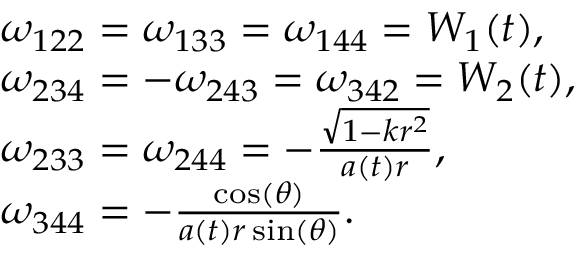
\begin{array} { r } { \begin{array} { r l } & { \omega _ { 1 2 2 } = \omega _ { 1 3 3 } = \omega _ { 1 4 4 } = W _ { 1 } ( t ) , } \\ & { \omega _ { 2 3 4 } = - \omega _ { 2 4 3 } = \omega _ { 3 4 2 } = W _ { 2 } ( t ) , } \\ & { \omega _ { 2 3 3 } = \omega _ { 2 4 4 } = - \frac { \sqrt { 1 - k r ^ { 2 } } } { a ( t ) r } , } \\ & { \omega _ { 3 4 4 } = - \frac { \cos ( \theta ) } { a ( t ) r \sin ( \theta ) } . } \end{array} } \end{array}